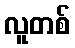
လူတစ်